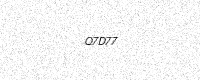
Text: Q7D77